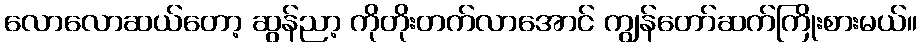
လောလောဆယ်တော့ ဆွန်ညာ့ ကိုတိုးတက်လာအောင် ကျွန်တော်ဆက်ကြိုးစားမယ်။